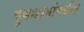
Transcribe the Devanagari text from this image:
गुणधर्मांमधील